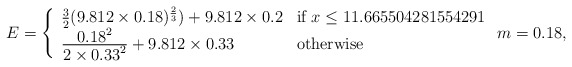
\begin{align*} E = \left\{ \begin{array} {l l} \frac32(9.812 \times 0.18)^{\frac23}) + 9.812 \times 0.2 & \mbox{if } x\leq 11.665504281554291 \\ \frac{\displaystyle 0.18^2}{\displaystyle 2\times0.33^2}+ 9.812\times0.33 & \mbox{otherwise} \end{array} \right. m = 0.18,\end{align*}